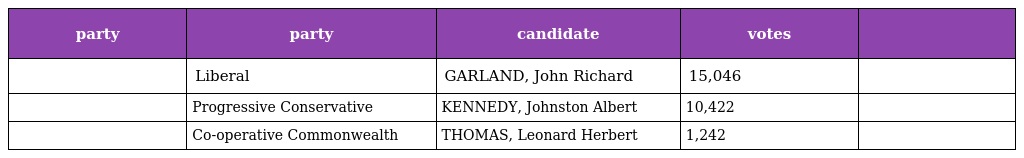
| party | party | candidate | votes |  |
 | --- | --- | --- | --- | --- |
 |  | Liberal | GARLAND, John Richard | 15,046 |  |
 |  | Progressive Conservative | KENNEDY, Johnston Albert | 10,422 |  |
 |  | Co-operative Commonwealth | THOMAS, Leonard Herbert | 1,242 |  |